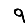
Digit: 9